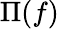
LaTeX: \Pi(f)